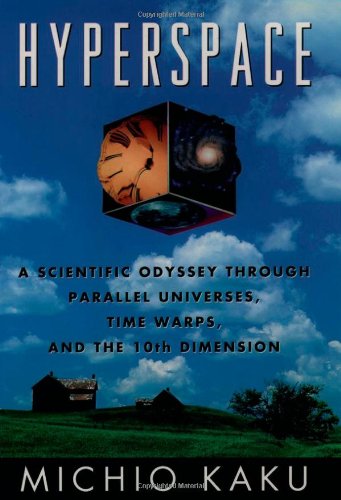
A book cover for Hyperspace: A Scientific Odyssey through Parallel Universes, Time Warps, and the Tenth Dimension; Michio Kaku; Science & Math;